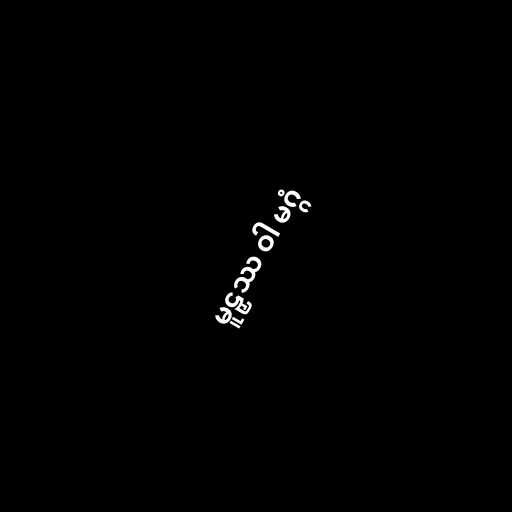
မူဠှဿ ဝါ မဂ္ဂံ